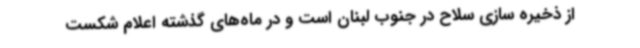
از ذخیره سازی سلاح در جنوب لبنان است و در ماه‌های گذشته اعلام شکست